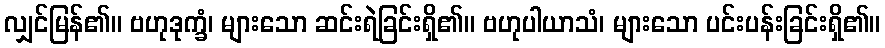
လျှင်မြန်၏။ ဗဟုဒုက္ခံ၊ များသော ဆင်းရဲခြင်းရှိ၏။ ဗဟုပါယာသံ၊ များသော ပင်းပန်းခြင်းရှိ၏။